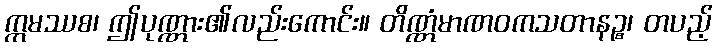
ဣမဿစ၊ ဤပုဏ္ဏား၏လည်းကောင်း။ တိဏ္ဏံမာဏဝကသတာနဉ္စ၊ တပည့်